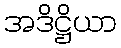
အဒိဋ္ဌိယာ